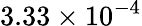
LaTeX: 3.33\times 10^{-4}